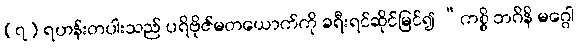
(၇) ရဟန်းတပါးသည် ပရိဗိုဇ်မတယောက်ကို ခရီးရင်ဆိုင်မြင်၍ “ကစ္စိ ဘဂိနိ မဂ္ဂေါ